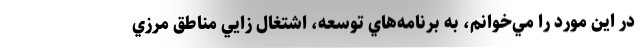
در اين مورد را مي‌خوانم، به برنامه‌هاي توسعه، اشتغال زايي مناطق مرزي